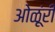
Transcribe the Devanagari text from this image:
ओळूंरी